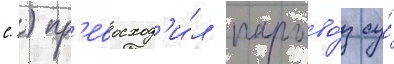
С.) пр'евосход'и́л парово́з су́